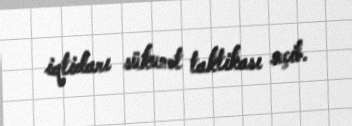
iqtidarı sükunət taktikası seçib.